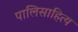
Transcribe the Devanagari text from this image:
पालिसाहित्य